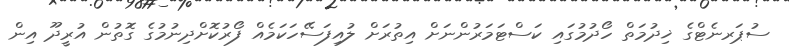
ސުޕަރނެޓްގެ ޚިދުމަތް ހޯދުމުގައި ކަސްޓަމަރުންނަށް އިތުރަށް ލުއިފަސޭހަކަމެއް ފޯރުކޮށްދިނުމުގެ ގޮތުން އުރީދޫ އިން